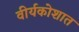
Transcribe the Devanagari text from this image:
वीर्यकोशात